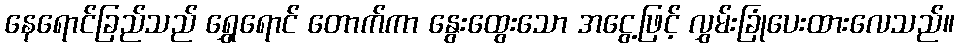
နေရောင်ခြည်သည် ရွှေရောင် တောက်ကာ နွေးထွေးသော အငွေ့ဖြင့် လွှမ်းခြုံပေးထားလေသည်။